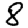
Digit: 8